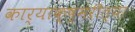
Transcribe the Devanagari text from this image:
कार्याक्ष्मरीत्या